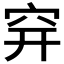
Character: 𥤴